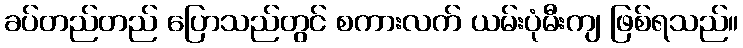
ခပ်တည်တည် ပြောသည်တွင် စကားလက် ယမ်းပုံမီးကျ ဖြစ်ရသည်။